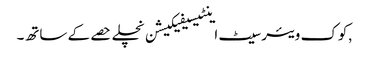
,کوک ویئر سیٹ اینٹیسیفیکیشن نچلے حصے کے ساتھ۔